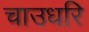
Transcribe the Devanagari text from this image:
चाउधरि